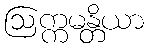
ဩက္ကမန္တိယာ